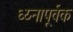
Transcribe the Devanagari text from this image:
ध्य्नापूर्वक